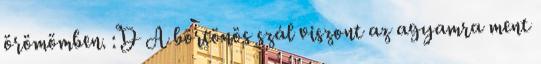
örömömben. :D A börtönös szál viszont az agyamra ment